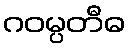
ဂဝမ္ပတီဓ